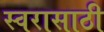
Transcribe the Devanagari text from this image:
स्वरासाठी